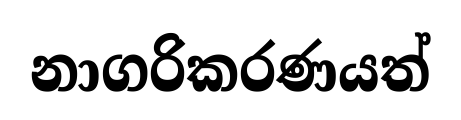
නාගරිකරණයත්